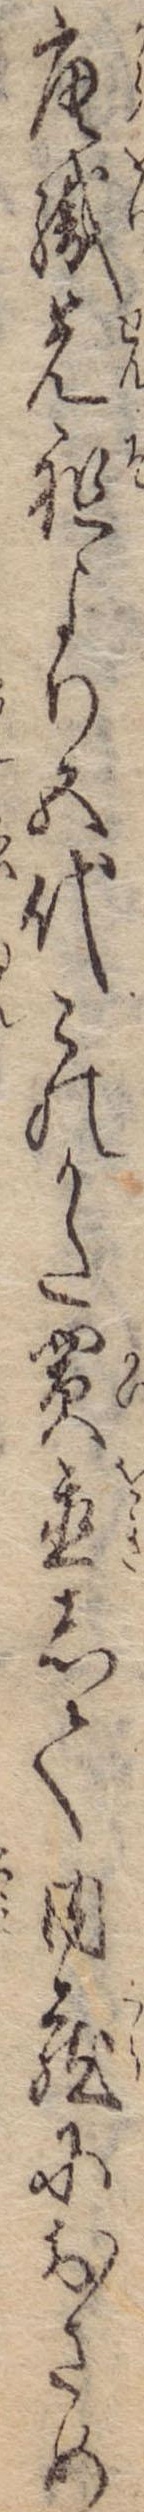
唐織先祖より五代このかた買置して内蔵におさめ